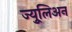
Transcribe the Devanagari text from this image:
ज्युूलिअन